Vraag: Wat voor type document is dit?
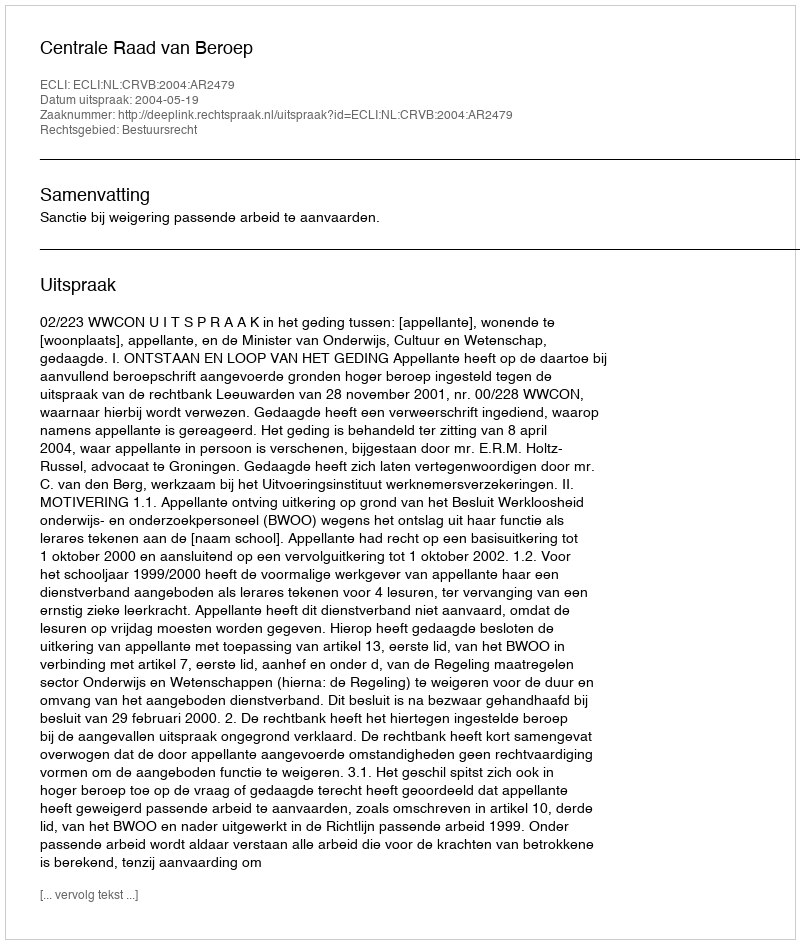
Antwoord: Uitspraak